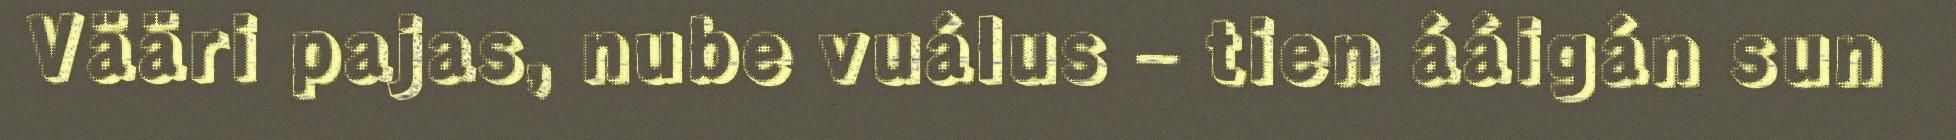
Vääri pajas, nube vuálus – tien ááigán sun